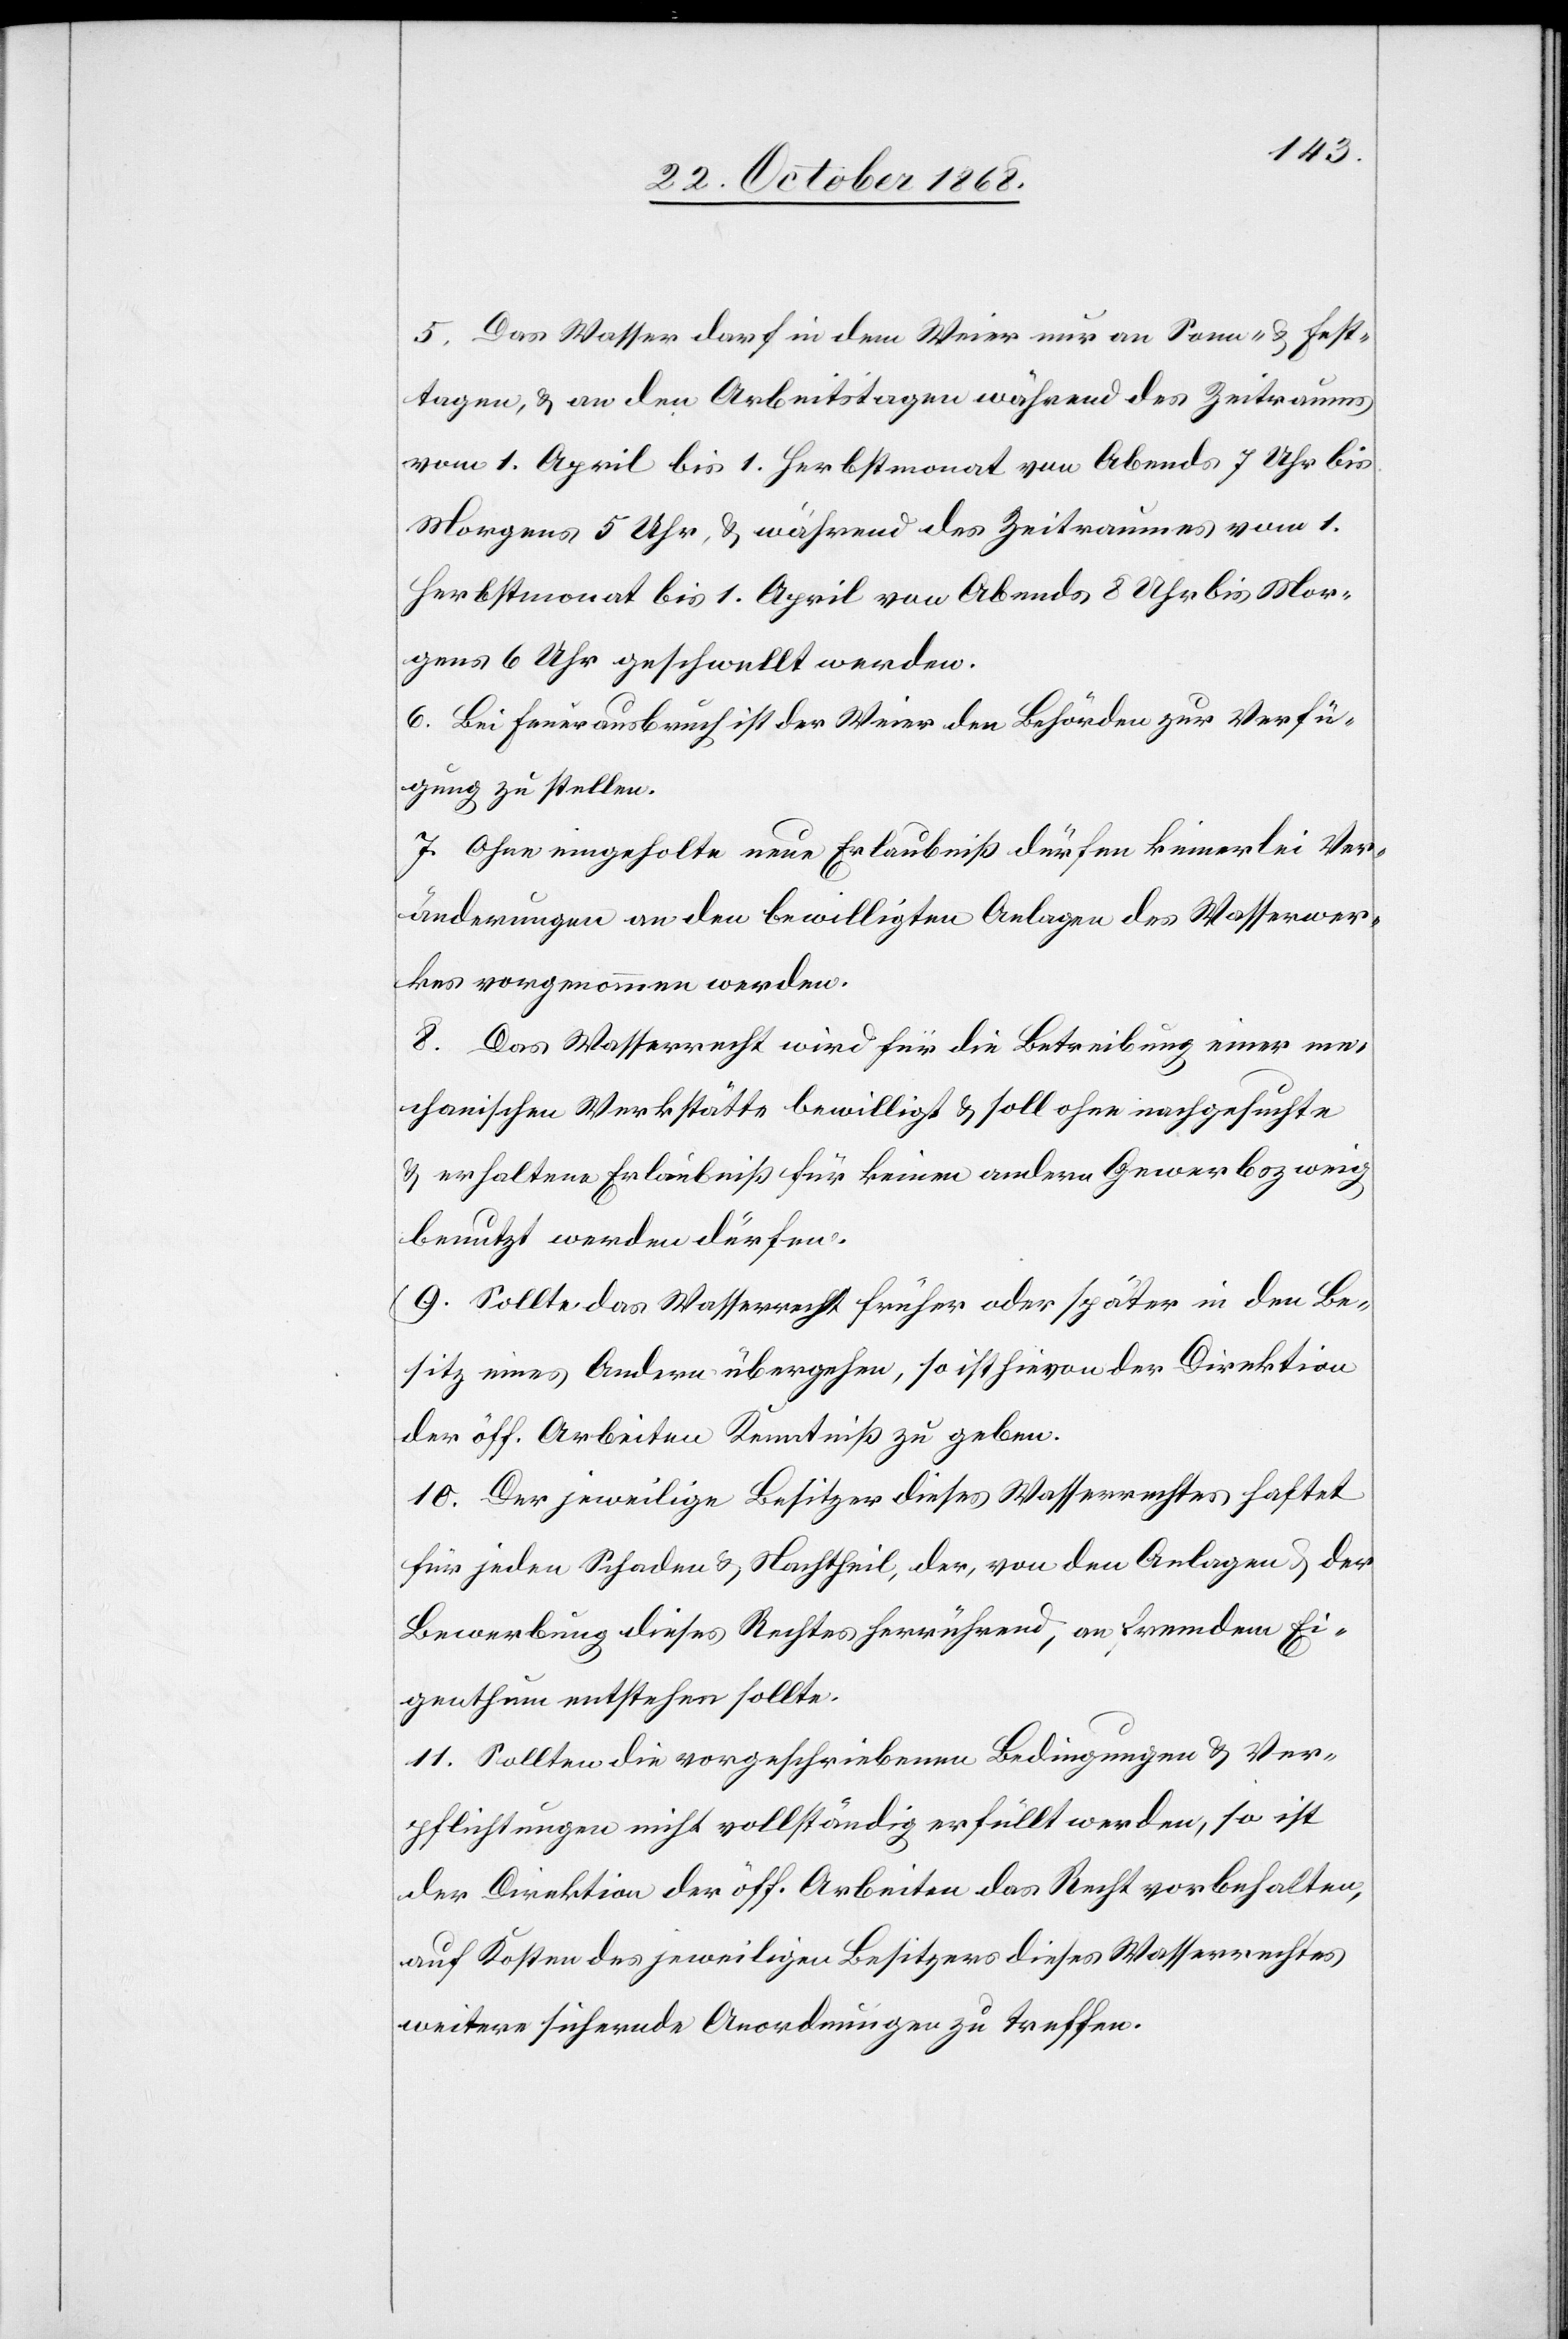
5. Das Wasser darf in dem Weier nur an Sonn- & Fest¬
tagen, & an den Arbeitstagen während des Zeitraums
vom 1. April bis 1. Herbstmonat von Abends 7 Uhr bis
Morgens 5 Uhr, & während des Zeitraumes vom 1.
Herbstmonat bis 1. April von Abends 8 Uhr bis Mor¬
gens 6 Uhr geschwellt werden.
6. Bei Feuerausbruch ist der Weier den Behörden zur Verfü¬
gung zu stellen.
7. Ohne eingeholte neue Erlaubniß dürfen keinerlei Ver¬
änderungen an den bewilligten Anlagen des Wasserwer¬
kes vorgenommen werden.
8. Das Wasserrecht wird für die Betreibung einer me¬
chanischen Werkstätte bewilligt & soll ohne nachgesuchte
& erhaltene Erlaubniß für keinen andern Gewerbszweig
benutzt werden dürfen.
9. Sollte das Wasserrecht früher oder später in den Be¬
sitz eines Andern übergehen, so ist hievon der Direktion
der öff. Arbeiten Kenntniß zu geben.
10. Der jeweilige Besitzer dieses Wasserrechtes haftet
für jeden Schaden & Nachtheil, der, von den Anlagen & der
Bewerbung dieses Rechtes herrührend, an fremdem Ei¬
genthum entstehen sollte.
11. Sollten die vorgeschriebenen Bedingungen & Ver¬
pflichtungen nicht vollständig erfüllt werden, so ist
der Direktion der öff. Arbeiten das Recht vorbehalten,
auf Kosten des jeweiligen Besitzers dieses Wasserrechtes
weitere sichernde Anordnungen zu treffen.